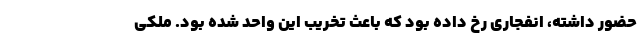
حضور داشته، انفجاری رخ داده بود که باعث تخریب این واحد شده بود. ملکی